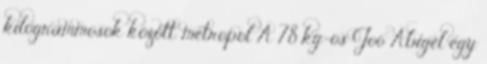
kilogrammosok között. metropol A 78 kg-os Joó Abigél egy